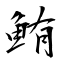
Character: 鮪